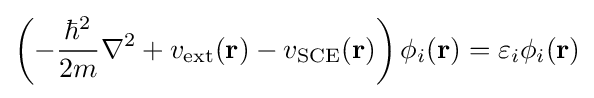
\left(-{\frac {\hbar ^{2}}{2m}}\nabla ^{2}+v_{\rm {ext}}(\mathbf {r} )-v_{\rm {SCE}}(\mathbf {r} )\right)\phi _{i}(\mathbf {r} )=\varepsilon _{i}\phi _{i}(\mathbf {r} )